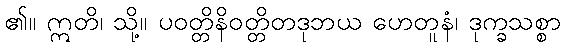
၏။ ဣတိ၊ သို့။ ပဝတ္တိနိဝတ္တိတဒုဘယ ဟေတူနံ၊ ဒုက္ခသစ္စာ